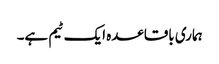
ہماری باقاعدہ ایک ٹیم ہے۔